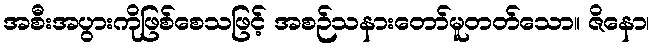
အစီးအပွားကိုဖြစ်စေသဖြင့် အစဉ်သနားတော်မူတတ်သော။ ဇိနော၊